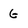
Character: G